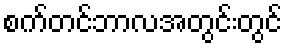
စက်တင်ဘာလအတွင်းတွင်